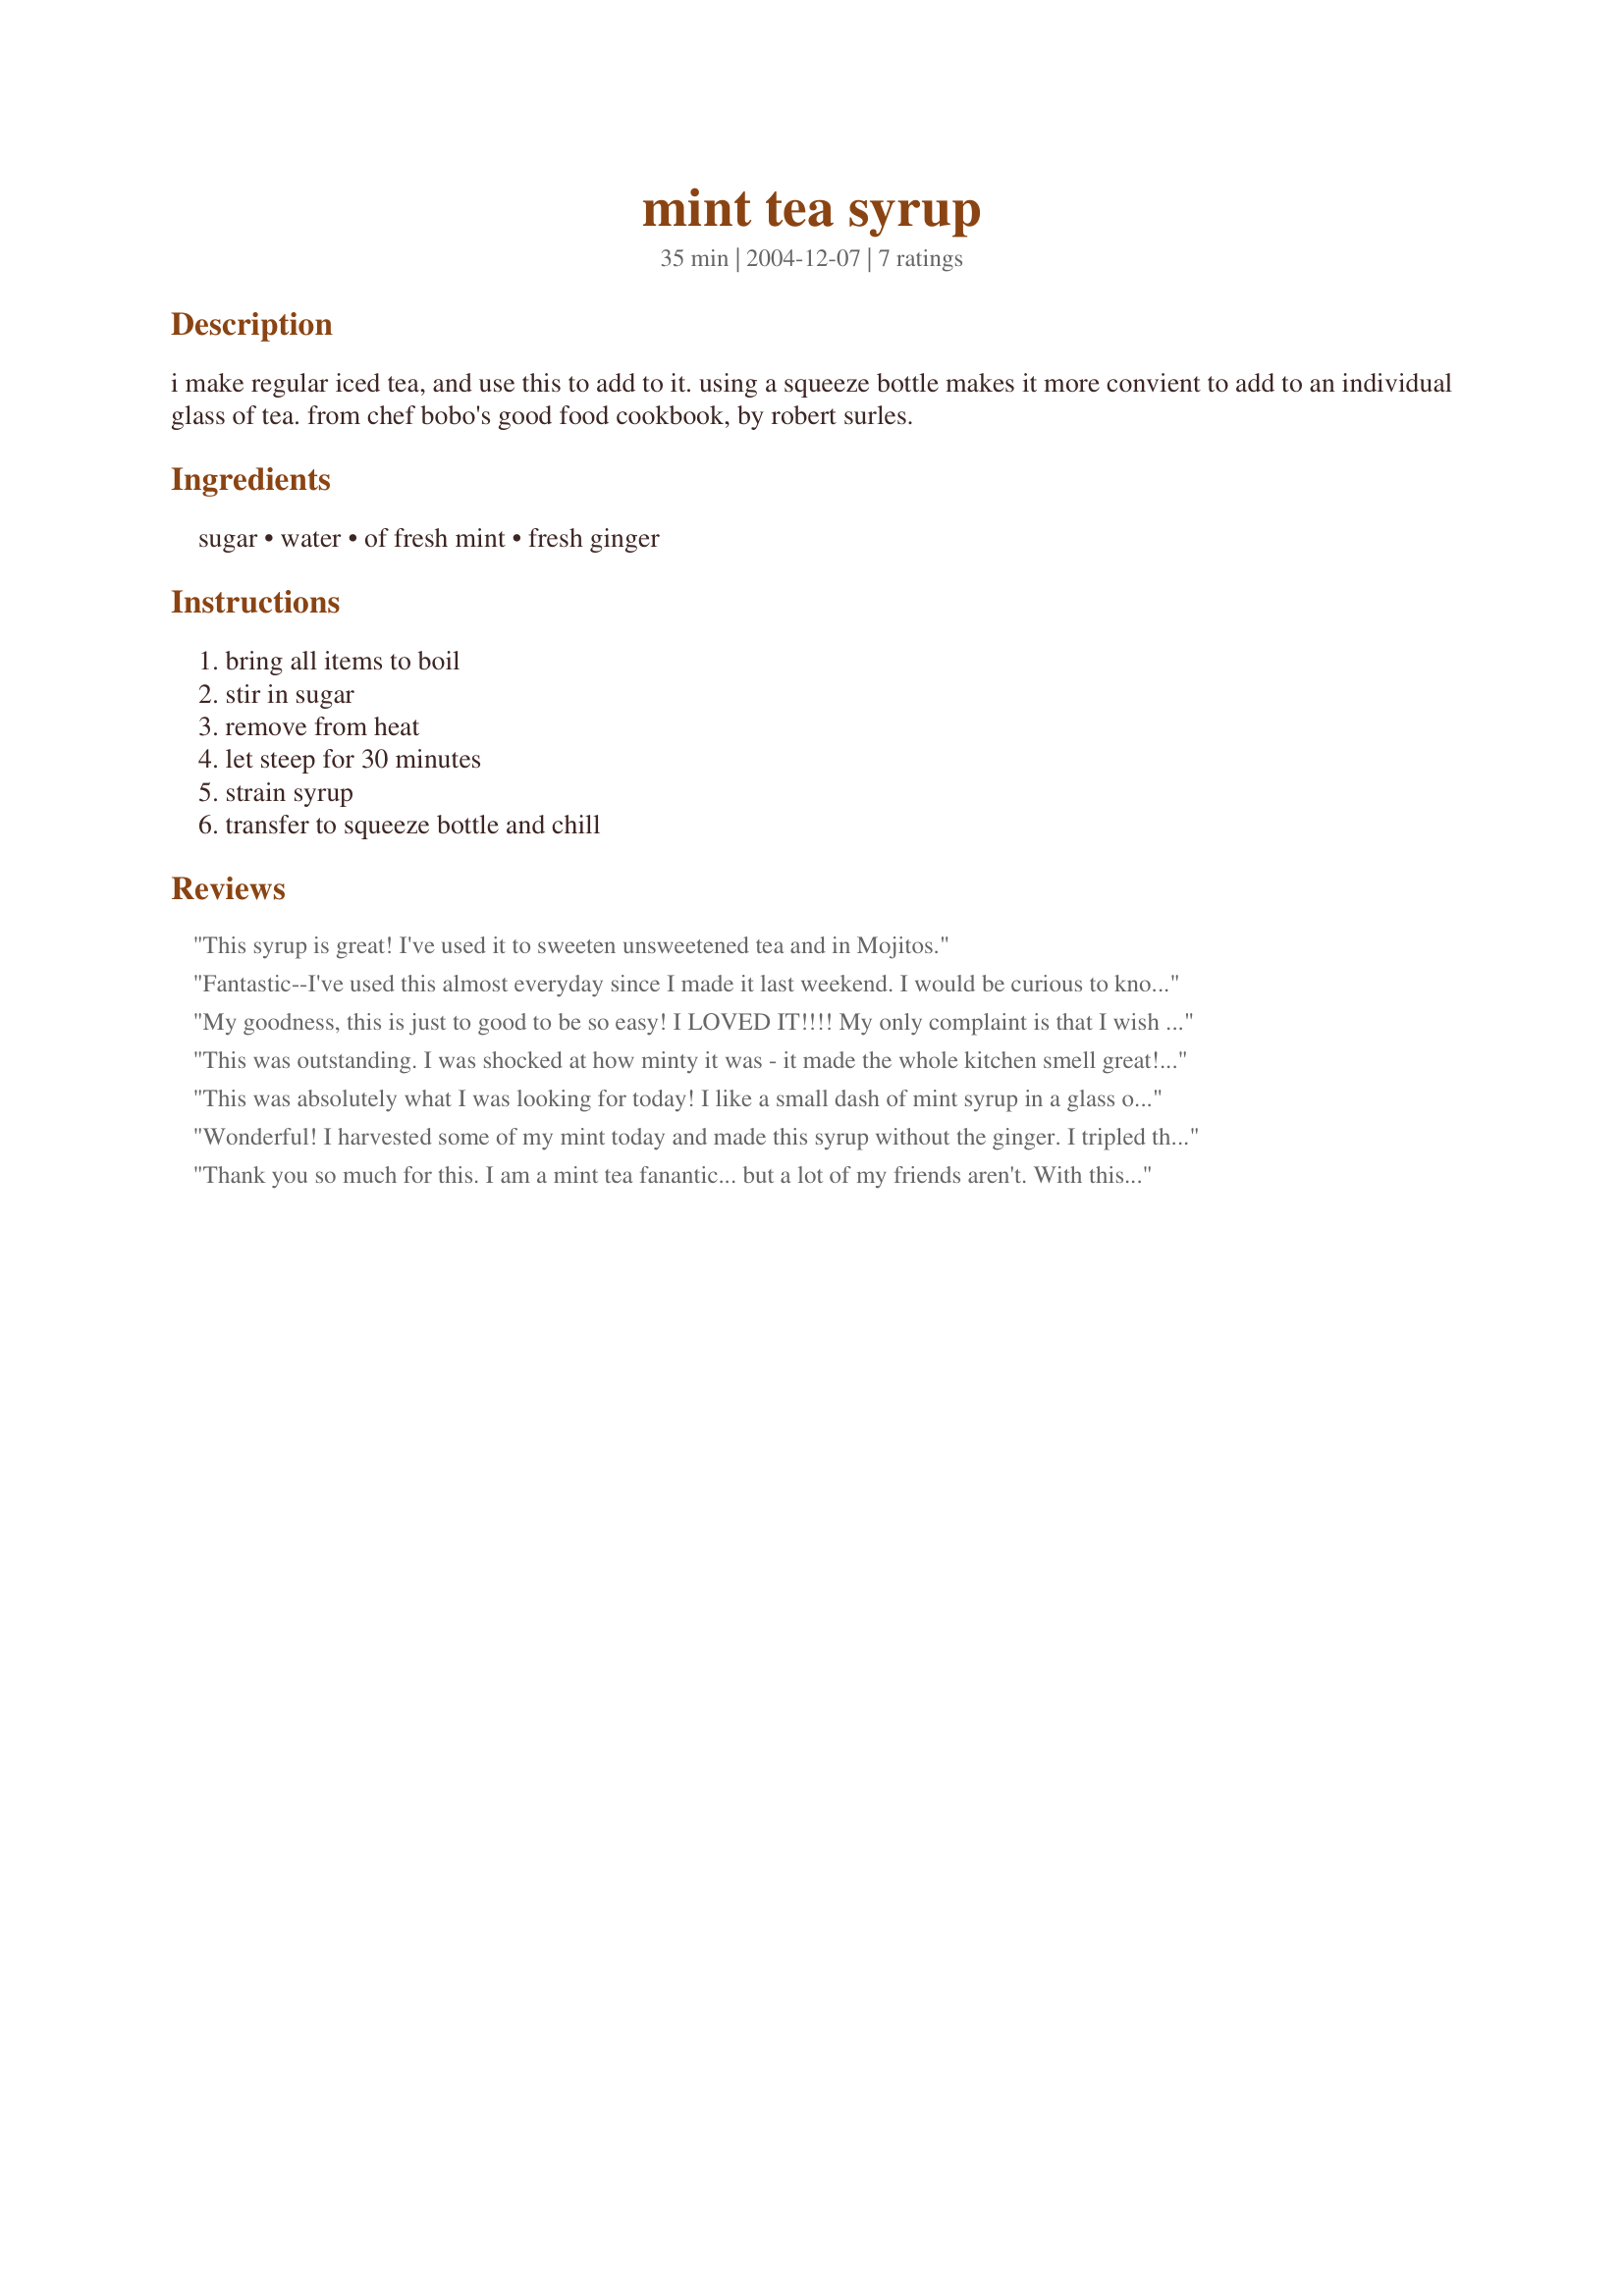
mint tea syrup
Preparation time: 35 minutes

i make regular iced tea, and use this to add to it. using a squeeze bottle makes it more convient to add to an individual glass of tea. from chef bobo's good food cookbook, by robert surles.

Ingredients:
sugar, water, of fresh mint, fresh ginger

Steps:
bring all items to boil, stir in sugar, remove from heat, let steep for 30 minutes, strain syrup, transfer to squeeze bottle and chill

Reviews:
This syrup is great! I've used it to sweeten unsweetened tea and in Mojitos.
Fantastic--I've used this almost everyday since I made it last weekend. I would be curious to know how long this keeps in the fridge.
My goodness, this is just to good to be so easy! I LOVED IT!!!! My only complaint is that I wish you were more specific with mint amounts. I used about 6 (6 inch lengths) sprigs of fresh mint. I don't know what you call a "bunch". But anyway it must have been close because the taste was wonderful. My only change was to use splenda instead of sugar to cut calories and it worked wonderfully. Thank you WiteShadow for posting this wonderful syrup.
This was outstanding. I was shocked at how minty it was - it made the whole kitchen smell great! I made this syrup and added a bit of honey and drizzled over melon stacks (stacks of honeydew, cantalope and watermelon). I took it to game night and everyone gobbled it up fast. I had a bunch left over so I have it in a squeeze bottle in the fridge and I am trying to freeze some for later use. Thank you for a great recipe!
This was absolutely what I was looking for today! I like a small dash of mint syrup in a glass of sparkling water and it dawned on me yesterday, at the grocery store, how ridiculous it was to pay $5 for an artificially flavored bottle of mint flavored syrup when the produce section had lovely bunches of mint. (for the previous reviewer, one "bunch" of mint in my store was just over 1/2 an oz. or 38 grams) I came home with some nice fresh mint and sat down to find a recipe. (I know it's so easy, I shouldn't have needed a recipe but I'd never steeped mint or herbs before!) I didn't have any ginger but even with that flavor dimension missing, it's a lovely syrup that gave just the right touch to my carbonated water!
Wonderful! I harvested some of my mint today and made this syrup without the ginger. I tripled the recipe and have frozen the majority in ice cube trays, perfect portion sizes for drinks! I'll use them in smoothies, iced tea, sparkling water, and mint juleps. Thanks so much for sharing this very easy and great recipe.
Thank you so much for this. I am a mint tea fanantic... but a lot of my friends aren't. With this new recipe, I can make a big pitcher of plain ol' sweet tea, to keep my friends happy, then add this in for me to curb my mint tea addiction :) Everybody's Happy! Thanks again
